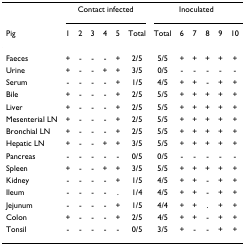
<table><thead><tr><td></td><td colspan="6"><b>Contact infected</b></td><td colspan="6"><b>Inoculated</b></td></tr><tr><td><b>Pig</b></td><td><b>1</b></td><td><b>2</b></td><td><b>3</b></td><td><b>4</b></td><td><b>5</b></td><td><b>Total</b></td><td><b>Total</b></td><td><b>6</b></td><td><b>7</b></td><td><b>8</b></td><td><b>9</b></td><td><b>10</b></td></tr></thead><tbody><tr><td>Faeces</td><td>+</td><td>-</td><td>-</td><td>-</td><td>+</td><td>2/5</td><td>5/5</td><td>+</td><td>+</td><td>+</td><td>+</td><td>+</td></tr><tr><td>Urine</td><td>+</td><td>-</td><td>-</td><td>+</td><td>+</td><td>3/5</td><td>0/5</td><td>-</td><td>-</td><td>-</td><td>-</td><td>-</td></tr><tr><td>Serum</td><td>-</td><td>-</td><td>-</td><td>-</td><td>+</td><td>1/5</td><td>4/5</td><td>+</td><td>+</td><td>-</td><td>+</td><td>+</td></tr><tr><td>Bile</td><td>+</td><td>-</td><td>-</td><td>-</td><td>+</td><td>2/5</td><td>5/5</td><td>+</td><td>+</td><td>+</td><td>+</td><td>+</td></tr><tr><td>Liver</td><td>+</td><td>-</td><td>-</td><td>-</td><td>+</td><td>2/5</td><td>5/5</td><td>+</td><td>+</td><td>+</td><td>+</td><td>+</td></tr><tr><td>Mesenterial LN</td><td>+</td><td>-</td><td>-</td><td>-</td><td>+</td><td>2/5</td><td>5/5</td><td>+</td><td>+</td><td>+</td><td>+</td><td>+</td></tr><tr><td>Bronchial LN</td><td>+</td><td>-</td><td>-</td><td>-</td><td>+</td><td>2/5</td><td>5/5</td><td>+</td><td>+</td><td>+</td><td>+</td><td>+</td></tr><tr><td>Hepatic LN</td><td>+</td><td>-</td><td>-</td><td>+</td><td>+</td><td>3/5</td><td>5/5</td><td>+</td><td>+</td><td>+</td><td>+</td><td>+</td></tr><tr><td>Pancreas</td><td>-</td><td>-</td><td>-</td><td>-</td><td>-</td><td>0/5</td><td>0/5</td><td>-</td><td>-</td><td>-</td><td>-</td><td>-</td></tr><tr><td>Spleen</td><td>+</td><td>-</td><td>-</td><td>+</td><td>+</td><td>3/5</td><td>5/5</td><td>+</td><td>+</td><td>+</td><td>+</td><td>+</td></tr><tr><td>Kidney</td><td>-</td><td>-</td><td>-</td><td>-</td><td>+</td><td>1/5</td><td>4/5</td><td>+</td><td>+</td><td>-</td><td>+</td><td>+</td></tr><tr><td>Ileum</td><td>-</td><td>-</td><td>-</td><td>-</td><td>.</td><td>1/4</td><td>4/5</td><td>+</td><td>+</td><td>-</td><td>+</td><td>+</td></tr><tr><td>Jejunum</td><td>-</td><td>-</td><td>-</td><td>-</td><td>+</td><td>1/5</td><td>4/4</td><td>+</td><td>+</td><td>.</td><td>+</td><td>+</td></tr><tr><td>Colon</td><td>+</td><td>-</td><td>-</td><td>-</td><td>+</td><td>2/5</td><td>4/5</td><td>+</td><td>+</td><td>-</td><td>+</td><td>+</td></tr><tr><td>Tonsil</td><td>-</td><td>-</td><td>-</td><td>-</td><td>-</td><td>0/5</td><td>3/5</td><td>+</td><td>-</td><td>-</td><td>+</td><td>+</td></tr></tbody></table>